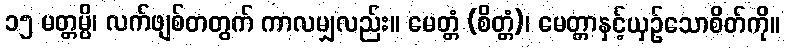
၁၅ မတ္တမ္ပိ၊ လက်ဖျစ်တတွက် ကာလမျှလည်း။ မေတ္တံ (စိတ္တံ)၊ မေတ္တာနှင့်ယှဉ်သောစိတ်ကို။